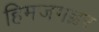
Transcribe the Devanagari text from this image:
हिमजगह्वर